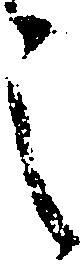
之